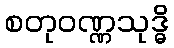
စတုဝဏ္ဏသုဒ္ဓိ